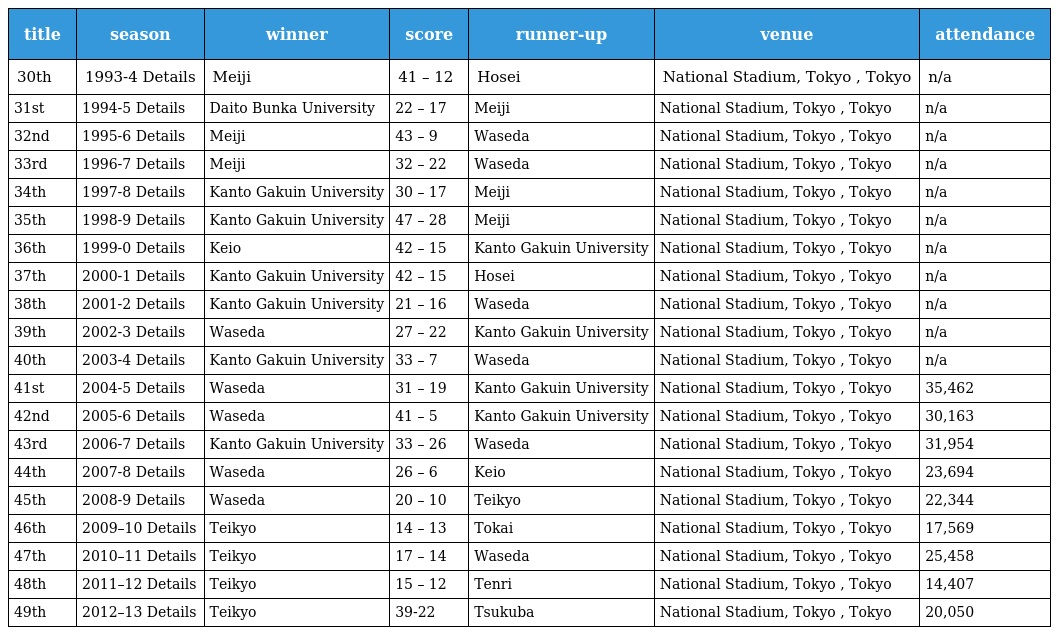
| title | season | winner | score | runner-up | venue | attendance |
 | --- | --- | --- | --- | --- | --- | --- |
 | 30th | 1993-4 Details | Meiji | 41 – 12 | Hosei | National Stadium, Tokyo , Tokyo | n/a |
 | 31st | 1994-5 Details | Daito Bunka University | 22 – 17 | Meiji | National Stadium, Tokyo , Tokyo | n/a |
 | 32nd | 1995-6 Details | Meiji | 43 – 9 | Waseda | National Stadium, Tokyo , Tokyo | n/a |
 | 33rd | 1996-7 Details | Meiji | 32 – 22 | Waseda | National Stadium, Tokyo , Tokyo | n/a |
 | 34th | 1997-8 Details | Kanto Gakuin University | 30 – 17 | Meiji | National Stadium, Tokyo , Tokyo | n/a |
 | 35th | 1998-9 Details | Kanto Gakuin University | 47 – 28 | Meiji | National Stadium, Tokyo , Tokyo | n/a |
 | 36th | 1999-0 Details | Keio | 42 – 15 | Kanto Gakuin University | National Stadium, Tokyo , Tokyo | n/a |
 | 37th | 2000-1 Details | Kanto Gakuin University | 42 – 15 | Hosei | National Stadium, Tokyo , Tokyo | n/a |
 | 38th | 2001-2 Details | Kanto Gakuin University | 21 – 16 | Waseda | National Stadium, Tokyo , Tokyo | n/a |
 | 39th | 2002-3 Details | Waseda | 27 – 22 | Kanto Gakuin University | National Stadium, Tokyo , Tokyo | n/a |
 | 40th | 2003-4 Details | Kanto Gakuin University | 33 – 7 | Waseda | National Stadium, Tokyo , Tokyo | n/a |
 | 41st | 2004-5 Details | Waseda | 31 – 19 | Kanto Gakuin University | National Stadium, Tokyo , Tokyo | 35,462 |
 | 42nd | 2005-6 Details | Waseda | 41 – 5 | Kanto Gakuin University | National Stadium, Tokyo , Tokyo | 30,163 |
 | 43rd | 2006-7 Details | Kanto Gakuin University | 33 – 26 | Waseda | National Stadium, Tokyo , Tokyo | 31,954 |
 | 44th | 2007-8 Details | Waseda | 26 – 6 | Keio | National Stadium, Tokyo , Tokyo | 23,694 |
 | 45th | 2008-9 Details | Waseda | 20 – 10 | Teikyo | National Stadium, Tokyo , Tokyo | 22,344 |
 | 46th | 2009–10 Details | Teikyo | 14 – 13 | Tokai | National Stadium, Tokyo , Tokyo | 17,569 |
 | 47th | 2010–11 Details | Teikyo | 17 – 14 | Waseda | National Stadium, Tokyo , Tokyo | 25,458 |
 | 48th | 2011–12 Details | Teikyo | 15 – 12 | Tenri | National Stadium, Tokyo , Tokyo | 14,407 |
 | 49th | 2012–13 Details | Teikyo | 39-22 | Tsukuba | National Stadium, Tokyo , Tokyo | 20,050 |